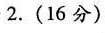
2.(16分)